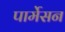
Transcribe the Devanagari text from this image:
पार्मेसन